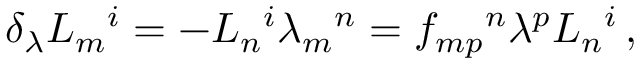
\delta _ { \lambda } L _ { m } { } ^ { i } = - L _ { n } { } ^ { i } \lambda _ { m } { } ^ { n } = f _ { m p } { } ^ { n } \lambda ^ { p } L _ { n } { } ^ { i } \, ,